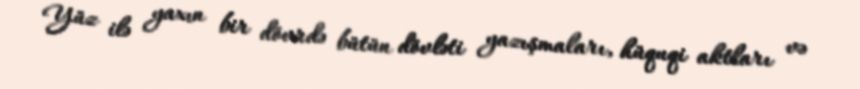
Yüz ilə yaxın bir dövrdə bütün dövləti yazışmaları, hüquqi aktları və